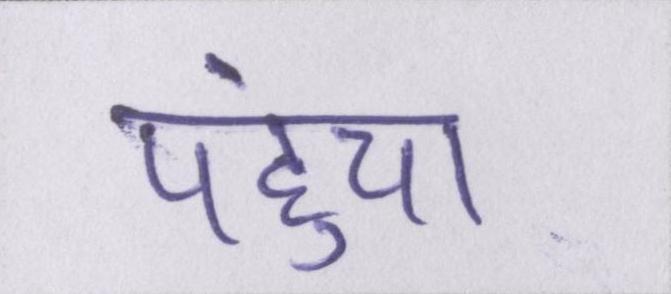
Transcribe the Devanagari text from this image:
पहुंचा